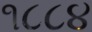
૧૮૮૪